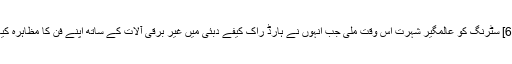
[6] سٹرنگ کو عالمگیر شہرت اس وقت ملی جب انہوں نے ہارڈ راک کیفے دبئی میں غیر برقی آلات کے ساتھ اپنے فن کا مظاہرہ کیا۔